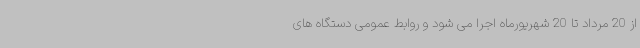
از 20 مرداد تا 20 شهریورماه اجرا می شود و روابط عمومی دستگاه های